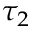
\tau _ { 2 }